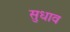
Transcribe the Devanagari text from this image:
सुधाव